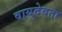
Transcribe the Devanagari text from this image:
वायुदेवता